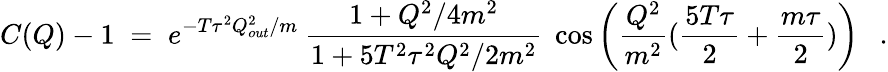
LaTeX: C(Q)-1\; =\; e^{-T\tau^{2}Q_{out}^{2}/m}\: {\frac{1+Q^{2}/4m^{2}}{1+5T^{2}\tau^{2}Q^{2}/2m^{2}}}\; \cos\bigg({\frac{Q^{2}}{m^{2}}}({\frac{5T\tau}{2}}+{\frac{m\tau}{2}})\bigg)~~~.